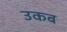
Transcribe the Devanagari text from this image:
उकब